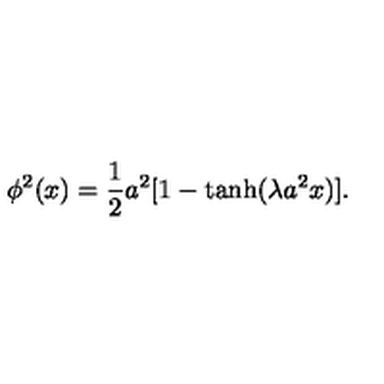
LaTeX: \phi ^ { 2 } ( x ) = \frac { 1 } { 2 } a ^ { 2 } [ 1 - \tanh ( \lambda a ^ { 2 } x ) ] .